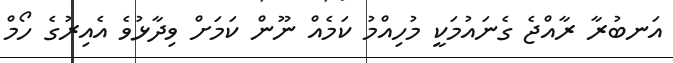
އަނބުރާ ރާއްޖެ ގެނައުމަކީ މުހިއްމު ކަމެއް ނޫން ކަމަށް ވިދާޅުވެ އެއިރުގެ ހޯމް